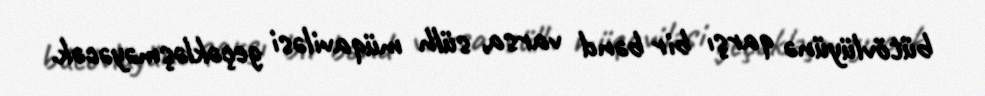
bütövlüyünə qarşı bir bənd varsa, sülh müqaviləsi geçəkləşməyəcək.